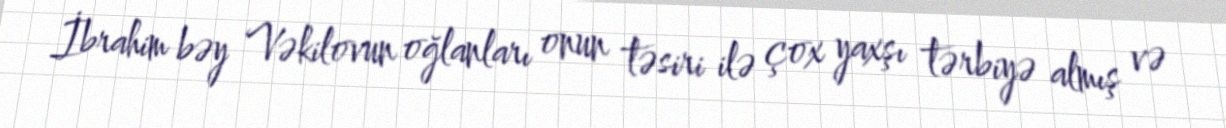
İbrahim bəy Vəkilovun oğlanları onun təsiri ilə çox yaxşı tərbiyə almış və